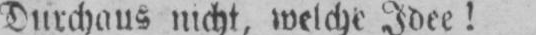
Durchaus nicht, welche Idee!